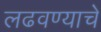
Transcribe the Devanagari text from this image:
लढवण्याचे